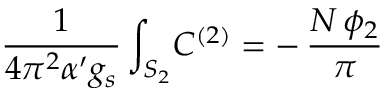
\frac { 1 } { 4 \pi ^ { 2 } \alpha ^ { \prime } g _ { s } } \int _ { S _ { 2 } } \! C ^ { ( 2 ) } = - \, \frac { N \, \phi _ { 2 } } { \pi }